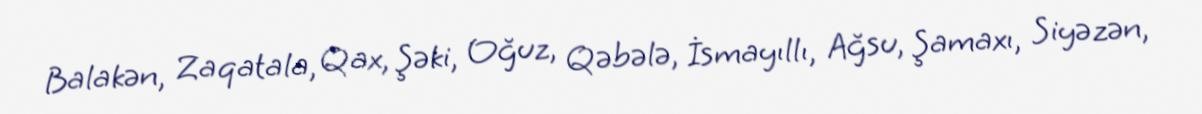
Balakən, Zaqatala, Qax, Şəki, Oğuz, Qəbələ, İsmayıllı, Ağsu, Şamaxı, Siyəzən,